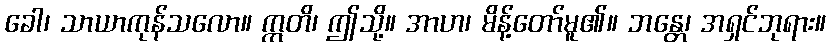
ခေါ၊ သာယာကုန်သလော။ ဣတိ၊ ဤသို့။ အာဟ၊ မိန့်တော်မူ၏။ ဘန္တေ၊ အရှင်ဘုရား။